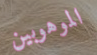
الموهوبين